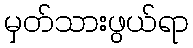
မှတ်သားဖွယ်ရာ